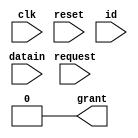
`timescale 1ns / 1ps
//////////////////////////////////////////////////////////////////////////////////
// Company: 
// Engineer: 
// 
// Design Name: 
// Module Name:    busmaster 
// Project Name: 
// Target Devices: 
// Tool versions: 
// Description: 
//
// Dependencies: 
//
// Revision: 
// Revision 0.01 - File Created
// Additional Comments: 
//
//////////////////////////////////////////////////////////////////////////////////
module busmaster(
	input wire			clk,
	input wire			reset,
	input wire			request,
	input wire[31:0]	datain,
   input wire[3:0]	id,
	output wire			grant
	 );
	 
	
	reg grantReg;
	assign	grant = grantReg;
		
	 

always@(reset)
	begin
		grantReg <= 0;
	end

always@(posedge clk)
	begin
	if(request == 1)
		begin
			grantReg <= 1;
		end else
			grantReg <= 0;
	end

endmodule




module device #(
	parameter device_id = 0
)(
	input wire			clk,
	input wire 			reset,
	input wire 			grant,
	output wire [31:0] dataout,
	output wire [3:0] id,
	output wire 		next_grant,
	output wire 		request
);

	reg requestReg;
	reg next_grantReg;
	reg [31:0] dataoutReg;
	reg [3:0] idReg;
	
	assign request = requestReg;
	assign next_grant = next_grantReg;
	assign dataout = dataoutReg;
	assign id = idReg;
	
initial begin
	requestReg <= 1'bz;
end

always@(posedge reset)
	begin
			requestReg <= 1;
			next_grantReg <= 0;
	end
	
always@(posedge clk)
	begin
		if(grant == 1 && requestReg == 1)
			begin
				dataoutReg <= device_id; //testausgabe
				next_grantReg <= 0;
				idReg <= device_id;
				requestReg <= 1'bz;
			end
		else
			begin
				next_grantReg <= grant;
				dataoutReg <= 32'bz;
				idReg <= 4'bz;
			end
		
			
	end



endmodule